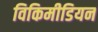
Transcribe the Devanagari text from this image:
विकिमीडियन